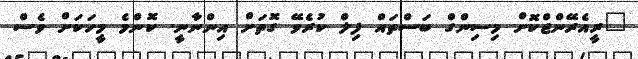
"ރީއެރޭންޖްކޮށް މިސިންގް ބަސްތައް ފިލް ކުރެވޭ ގޮތަށް އިންނާނީ. ކޮންމެ މީހަކަށް ވެސް